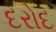
દરોદ